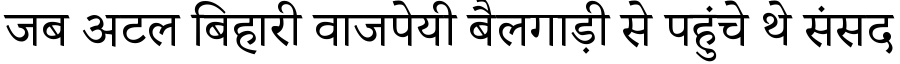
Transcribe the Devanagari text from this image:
जब अटल बिहारी वाजपेयी बैलगाड़ी से पहुंचे थे संसद